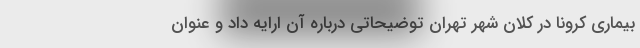
بیماری کرونا در کلان شهر تهران توضیحاتی درباره آن ارایه داد و عنوان